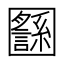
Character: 𡈸